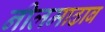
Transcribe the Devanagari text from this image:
नीलमाढाब